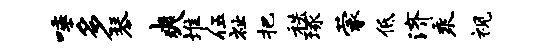
唾多琴爽堆伍祉把秩琢蒙低济乘视